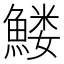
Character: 𱆹